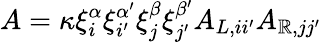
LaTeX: A=\kappa\xi_{i}^{\alpha}\xi_{i^{\prime}}^{\alpha^{\prime}}\xi_{j}^{\beta}\xi_{j^{\prime}}^{\beta^{\prime}}A_{L,ii^{\prime}}A_{\mathbb{R},jj^{\prime}}